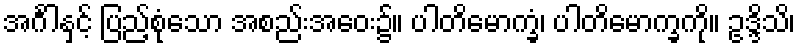
အင်္ဂါနှင့် ပြည့်စုံသော အစည်းအဝေး၌။ ပါတိမောက္ခံ၊ ပါတိမောက္ခကို။ ဥဒ္ဒိသိ၊